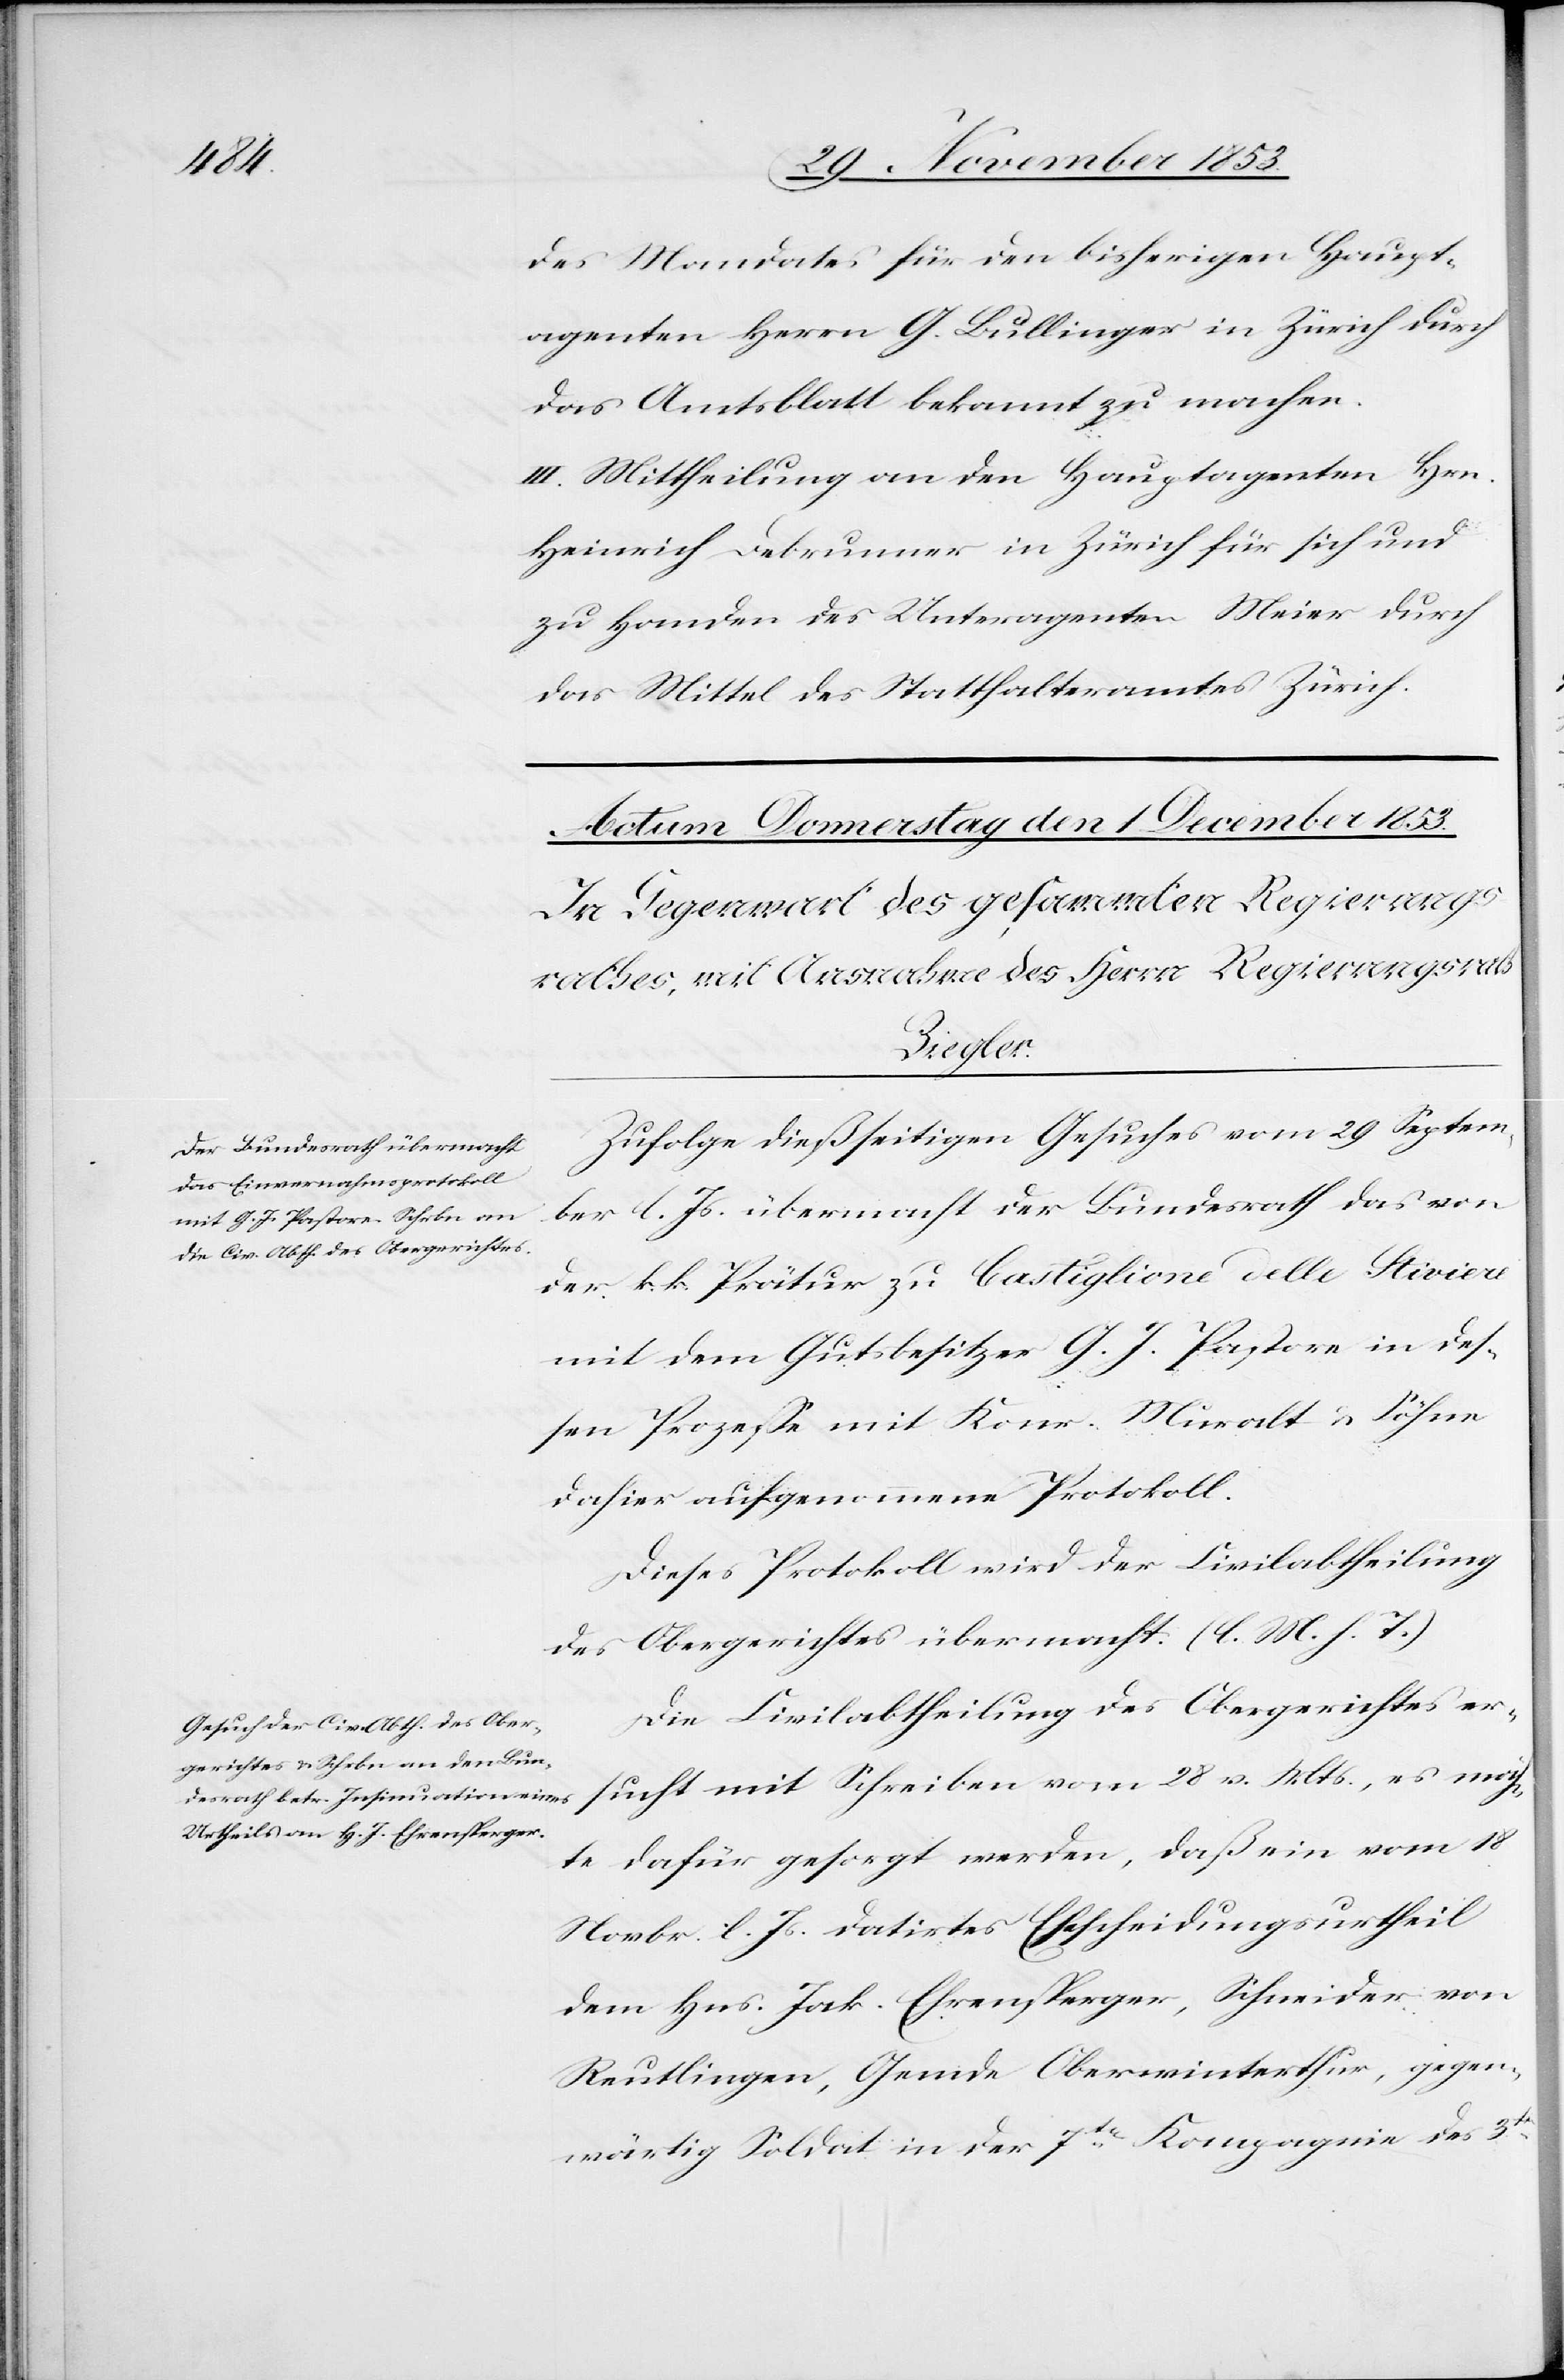
des Mandates für den bisherigen Haupt¬
agenten Herrn G. Bullinger in Zürich durch
das Amtsblatt bekannt zu machen.
III. Mittheilung an den Hauptagenten Hrn.
Heinrich Debrunner in Zürich für sich und
zu Handen des Unteragenten Meier durch
das Mittel des Statthalteramtes Zürich.
Zufolge dießseitigen Gesuches vom 29 Septem¬
ber l. Js. übermacht der Bundesrath das von
der k. k. Prätur zu Castiglione delle Stiviere
mit dem Gutsbesitzer G. J. Pastore in des¬
sen Prozeße mit Korn. Muralt u. Söhne
dahier aufgenommene Protokoll.
Dieses Protokoll wird der Civilabtheilung
Obergerichtes übermacht. [l. M. h. T]
des
Die Civilabtheilung des Obergerichtes er¬
sucht mit Schreiben vom 28v. Mts., es möch¬
te dafür gesorgt werden, daß ein vom 18
Novbr. l. Js. datirtes Ehescheidungsurtheil
dem Hns. Jak. Ehrensperger, Schneider von
Reutlingen, Gemde Oberwinterthur, gegen¬
wärtig Soldat in der 7ten Kompagnie des 3ten